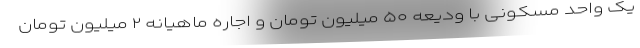
یک واحد مسکونی با ودیعه ۵۰ میلیون تومان و اجاره ماهیانه ۲ میلیون تومان